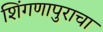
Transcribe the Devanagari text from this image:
शिंगणापुराचा